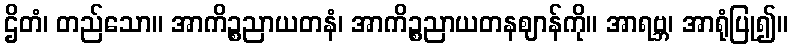
ဌိတံ၊ တည်သော။ အာကိဉ္စညာယတနံ၊ အာကိဉ္စညာယတနဈာန်ကို။ အာရဗ္ဘ၊ အာရုံပြု၍။